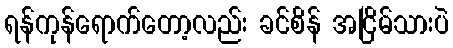
ရန်ကုန်ရောက်တော့လည်း ခင်စိန် အငြိမ်သားပဲ